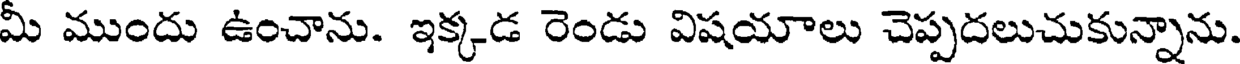
మీ ముందు ఉంచాను. ఇక్కడ రెండు విషయాలు చెప్పదలుచుకున్నాను.